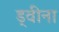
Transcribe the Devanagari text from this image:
ड्वीना